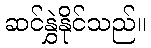
ဆင်နွှဲနိုင်သည်။